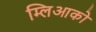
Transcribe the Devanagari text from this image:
म्लिआको